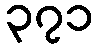
၃၇၁